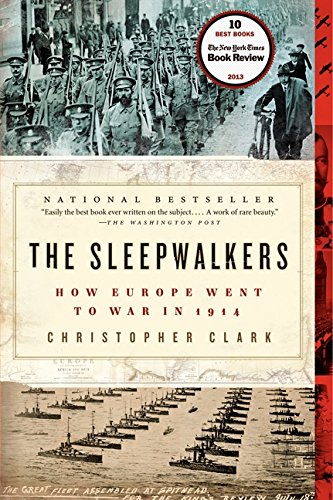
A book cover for The Sleepwalkers: How Europe Went to War in 1914; Christopher Clark; History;